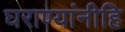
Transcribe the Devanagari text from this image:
घराण्यांनीहि